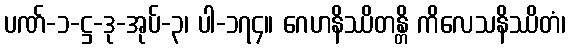
ပဏ်-၁-ဋ္ဌ-ဒု-အုပ်-၃၊ ပါ-၁၇၄။ ဂေဟနိဿိတန္တိ ကိလေသနိဿိတံ၊